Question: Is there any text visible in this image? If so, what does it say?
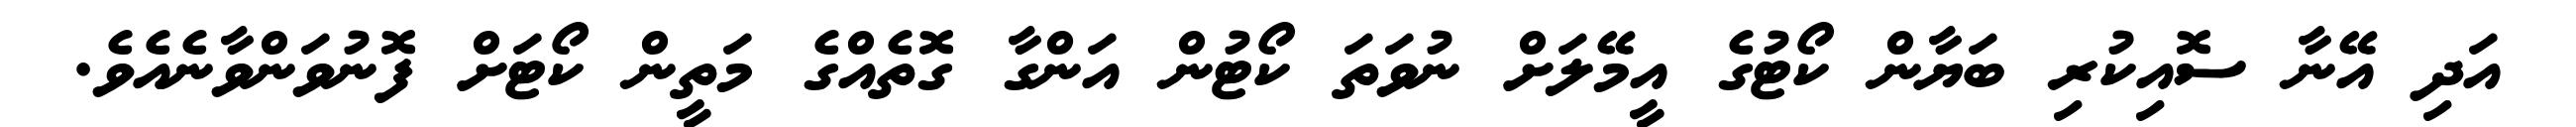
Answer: އަދި އޭނާ ސޮއިކުރި ބަޔާން ކޯޓުގެ އީމޭލަށް ނުވަތަ ކޯޓުން އަންގާ ގޮތެއްގެ މަތީން ކޯޓަށް ފޮނުވަންވާނެއެވެ.